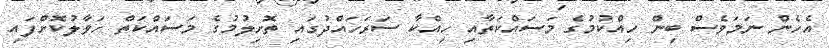
އެހެން ނަމަވެސް ބިން ހިއްކުމުގެ މަސައްކަތާއި ހިއްކާ ސަރަހައްދުގައި ތޮށިލުމުގެ މަސައްކަތް ހަވާލުކޮށްފައި